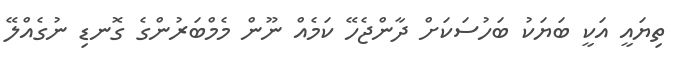
ތިޔައީ އަކީ ބަޔަކު ބަހުސަކަށް ދާންޖެހޭ ކަމެއް ނޫން މެމްބަރުންގެ ގޮނޑި ނުގެއްލޭ